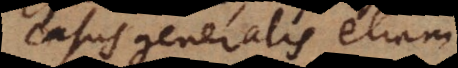
casus generalis etiam